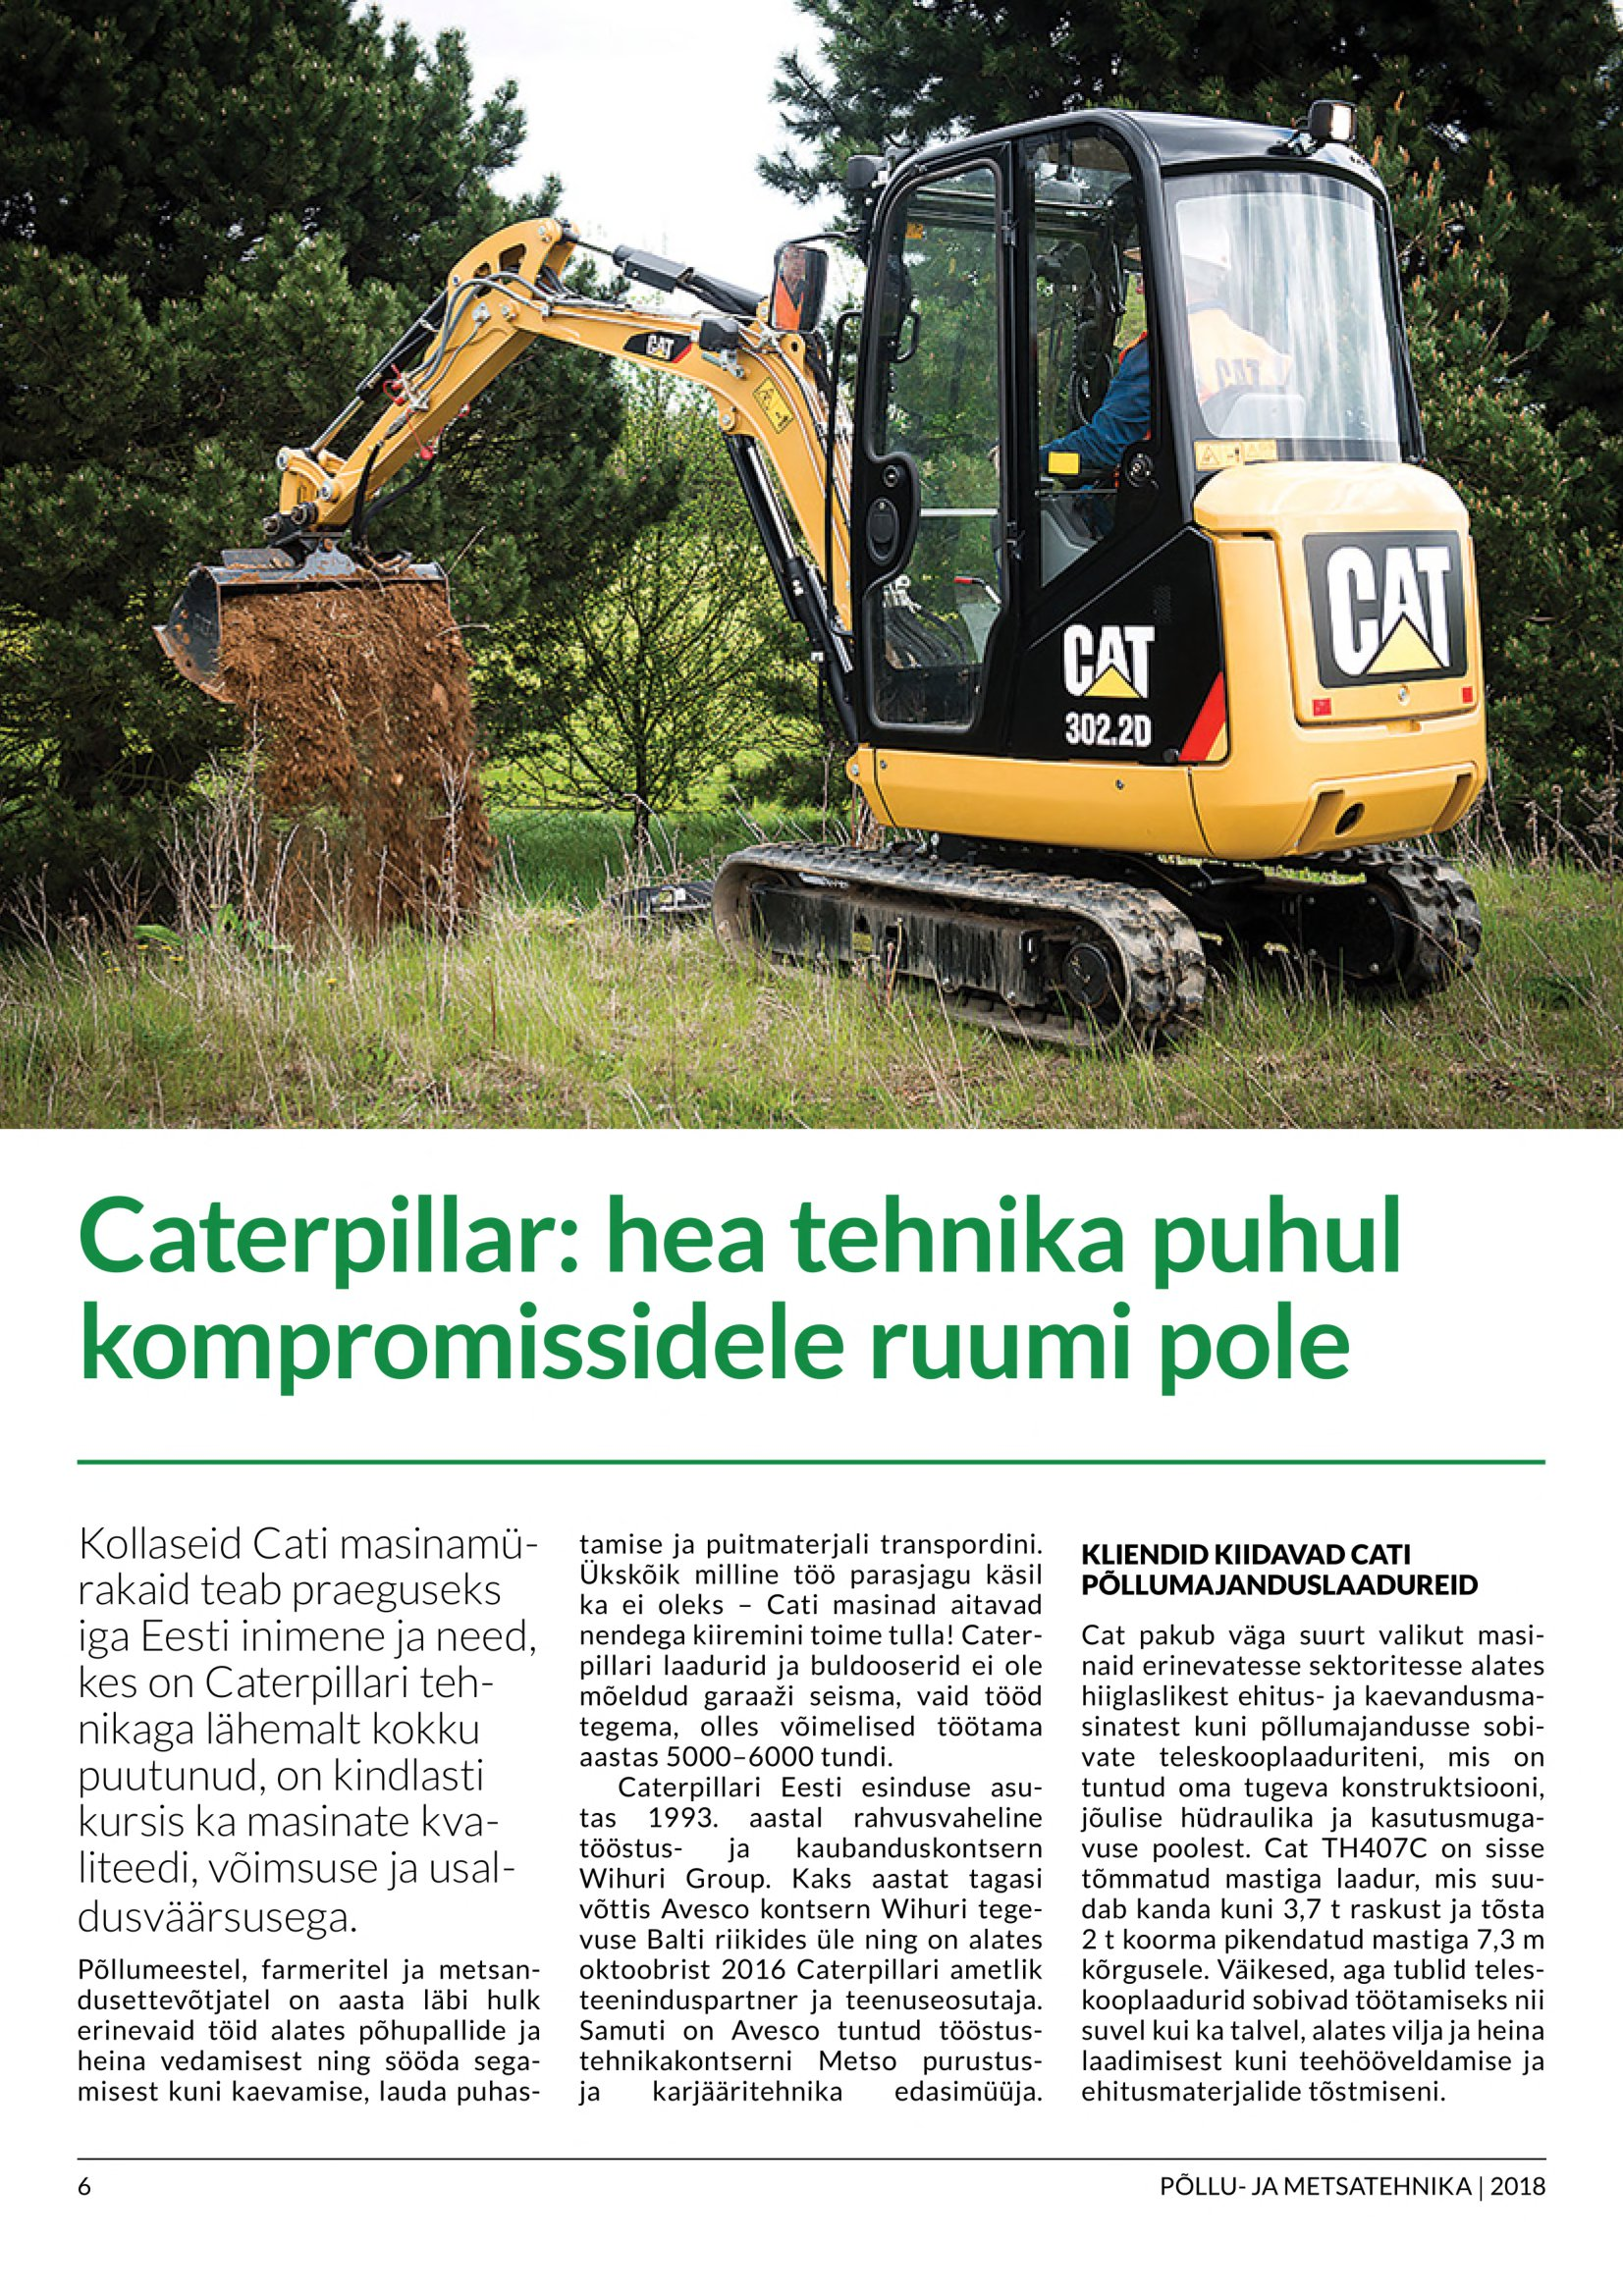
Language: et